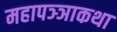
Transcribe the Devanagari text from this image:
महापञ्ञाकथा